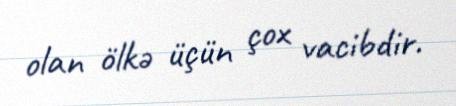
olan ölkə üçün çox vacibdir.